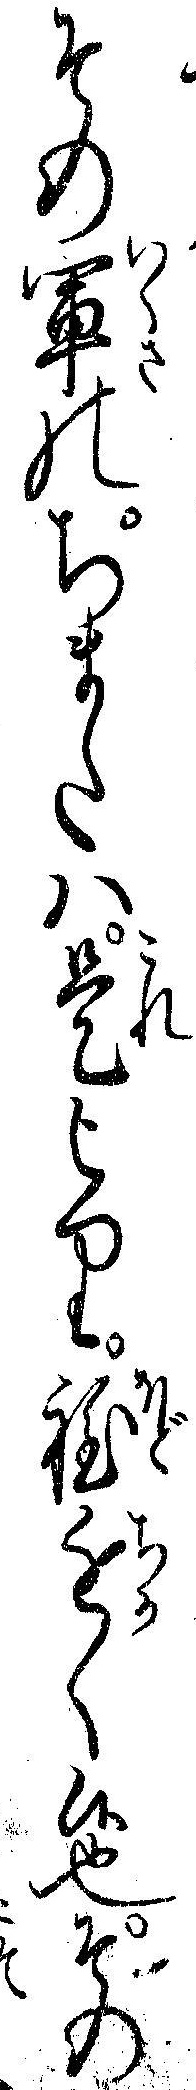
その軍のちまたハ是より程近く候也その